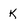
Character: K